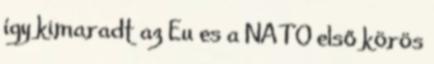
így kimaradt az Eu es a NATO első körös